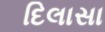
દિલાસા